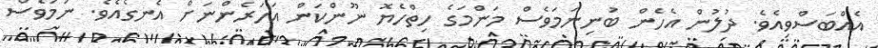
އެއްބަސްވިއެވެ. ދުލުން އެހެން ބުނިނަމަވެސް މަންމަގެ ހިތްހެޔޮ ނޫންކަން އަހަރެންނަށް އެނގެއެވެ. ނަމަވެސް